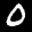
Label: 0